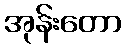
အုန်းတော